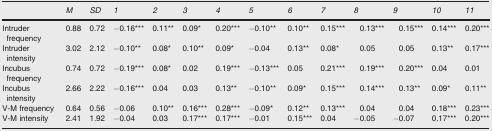
|  | M | SD | 1 | 2 | 3 | 4 | 5 | 6 | 7 | 8 | 9 | 10 | 11 |
 | --- | --- | --- | --- | --- | --- | --- | --- | --- | --- | --- | --- | --- | --- |
 | Intruder frequency | 0.88 | 0.72 | −0.16*** | 0.11** | 0.09* | 0.20*** | −0.10** | 0.10** | 0.15*** | 0.13*** | 0.15*** | 0.14*** | 0.20*** |
 | Intruder intensity | 3.02 | 2.12 | −0.10** | 0.08* | 0.10** | 0.09* | −0.04 | 0.13** | 0.08* | 0.05 | 0.05 | 0.13** | 0.17*** |
 | Incubus frequency | 0.74 | 0.72 | −0.19*** | 0.08* | 0.02 | 0.19*** | −0.13*** | 0.05 | 0.21*** | 0.19*** | 0.20*** | 0.04 | 0.01 |
 | Incubus intensity | 2.66 | 2.22 | −0.16*** | 0.04 | 0.03 | 0.13** | −0.10** | 0.09* | 0.15*** | 0.14*** | 0.13** | 0.09* | 0.11** |
 | V‐M frequency | 0.64 | 0.56 | −0.06 | 0.10** | 0.16*** | 0.28*** | −0.09* | 0.12** | 0.13*** | 0.04 | 0.04 | 0.18*** | 0.23*** |
 | V‐M intensity | 2.41 | 1.92 | −0.04 | 0.03 | 0.17*** | 0.17*** | −0.01 | 0.15*** | 0.04 | −0.05 | −0.07 | 0.17*** | 0.20*** |